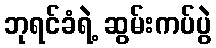
ဘုရင်ခံရဲ့ ဆွမ်းကပ်ပွဲ